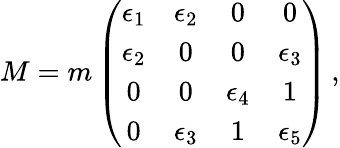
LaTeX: M=m\left(\begin{array}{cccc}{{\epsilon_{1}}}&{{\epsilon_{2}}}&{{0}}&{{0}}\\ {{\epsilon_{2}}}&{{0}}&{{0}}&{{\epsilon_{3}}}\\ {{0}}&{{0}}&{{\epsilon_{4}}}&{{1}}\\ {{0}}&{{\epsilon_{3}}}&{{1}}&{{\epsilon_{5}}}\end{array}\right)\, ,